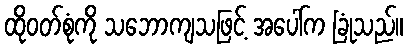
ထိုဝတ်စုံကို သဘောကျသဖြင့် အပေါ်က ခြုံသည်။